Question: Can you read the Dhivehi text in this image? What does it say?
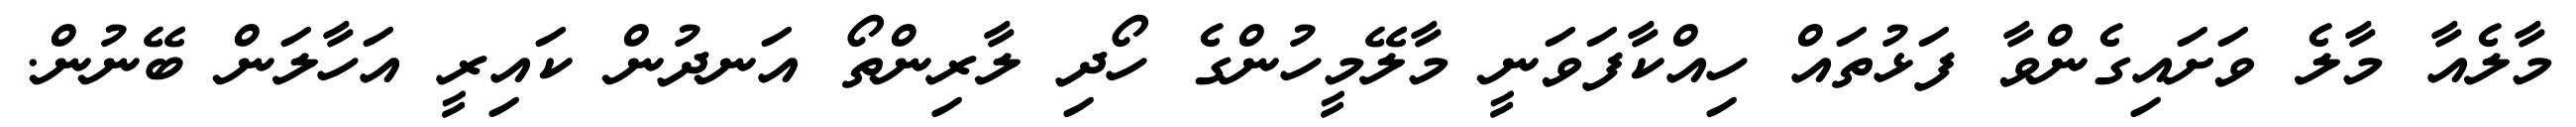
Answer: މާލެއާ މާލެ ވަށައިގެންވާ ފަޅުތައް ހިއްކާފަވަނީ މާލޭމީހުންގެ ހޯދި ލާރިންތޯ އަނދުން ކައިރީ އަހާލަން ބޭނުން.